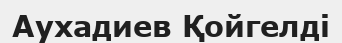
Аухадиев Қойгелді